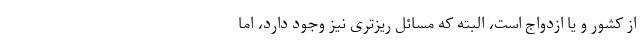
از کشور و یا ازدواج است، البته که مسائل ریزتری نیز وجود دارد، اما